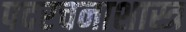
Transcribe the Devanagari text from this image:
पदरचनाशास्त्र